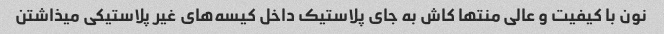
نون با کیفیت و عالی منتها کاش به جای پلاستیک داخل کیسه‌های غیر پلاستیکی میذاشتن